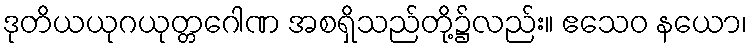
ဒုတိယယုဂယုတ္တဂေါဏ အစရှိသည်တို့၌လည်း။ ဧသေဝ နယော၊